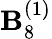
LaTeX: {\mathbf{B}}_{8}^{(1)}